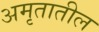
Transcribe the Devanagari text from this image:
अमृतातील